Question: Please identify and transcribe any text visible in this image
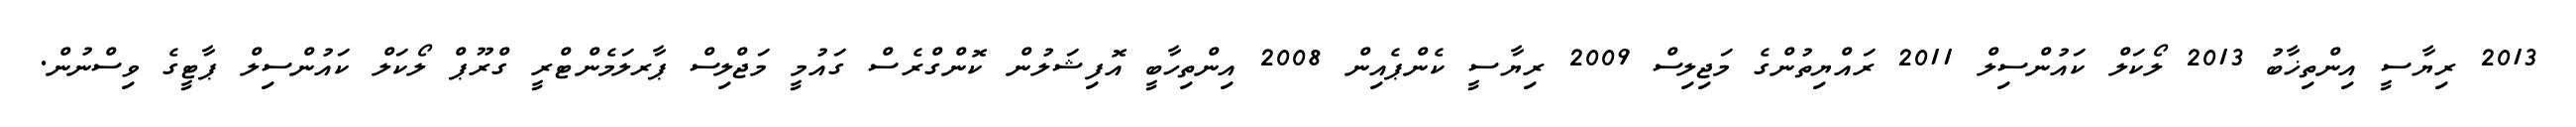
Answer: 2013 ރިޔާސީ އިންތިޚާބު 2013 ލޯކަލް ކައުންސިލް 2011 ރައްޔިތުންގެ މަޖިލިސް 2009 ރިޔާސީ ކެންޕެއިން 2008 އިންތިހާބީ އޮފިޝަލުން ކޮންގްރެސް ގައުމީ މަޖްލިސް ޕާރލަމެންޓްރީ ގްރޫޕް ލޯކަލް ކައުންސިލް ޕާޓީގެ ވިސްނުން.